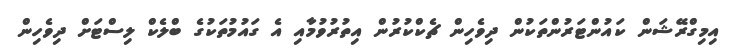
އިމިގްރޭޝަން ކައުންޓަރުންތަކުން ދިވެހިން ޗެކްކުރުން އިތުރުވުމާއި އެ ގައުމުތަކުގެ ބްލެކް ލިސްޓަށް ދިވެހިން